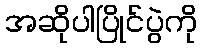
အဆိုပါပြိုင်ပွဲကို